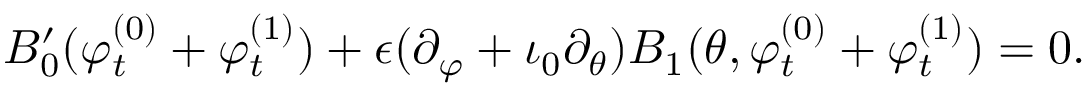
B _ { 0 } ^ { \prime } ( \varphi _ { t } ^ { ( 0 ) } + \varphi _ { t } ^ { ( 1 ) } ) + \epsilon ( \partial _ { \varphi } + \iota _ { 0 } \partial _ { \theta } ) B _ { 1 } ( \theta , \varphi _ { t } ^ { ( 0 ) } + \varphi _ { t } ^ { ( 1 ) } ) = 0 .